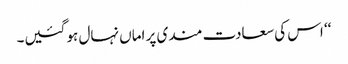
‘‘ اس کی سعادت مندی پر اماں نہال ہو گئیں۔